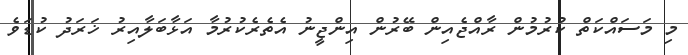
މި މަސައްކަތް ކުރުމުން ރާއްޖެއިން ބޭރުން އިންޖީނު އެތެރެކުރުމާ އަޅާބަލާއިރު ޚަރަދު ކުޑަވެ